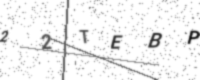
Text: 22TEBP